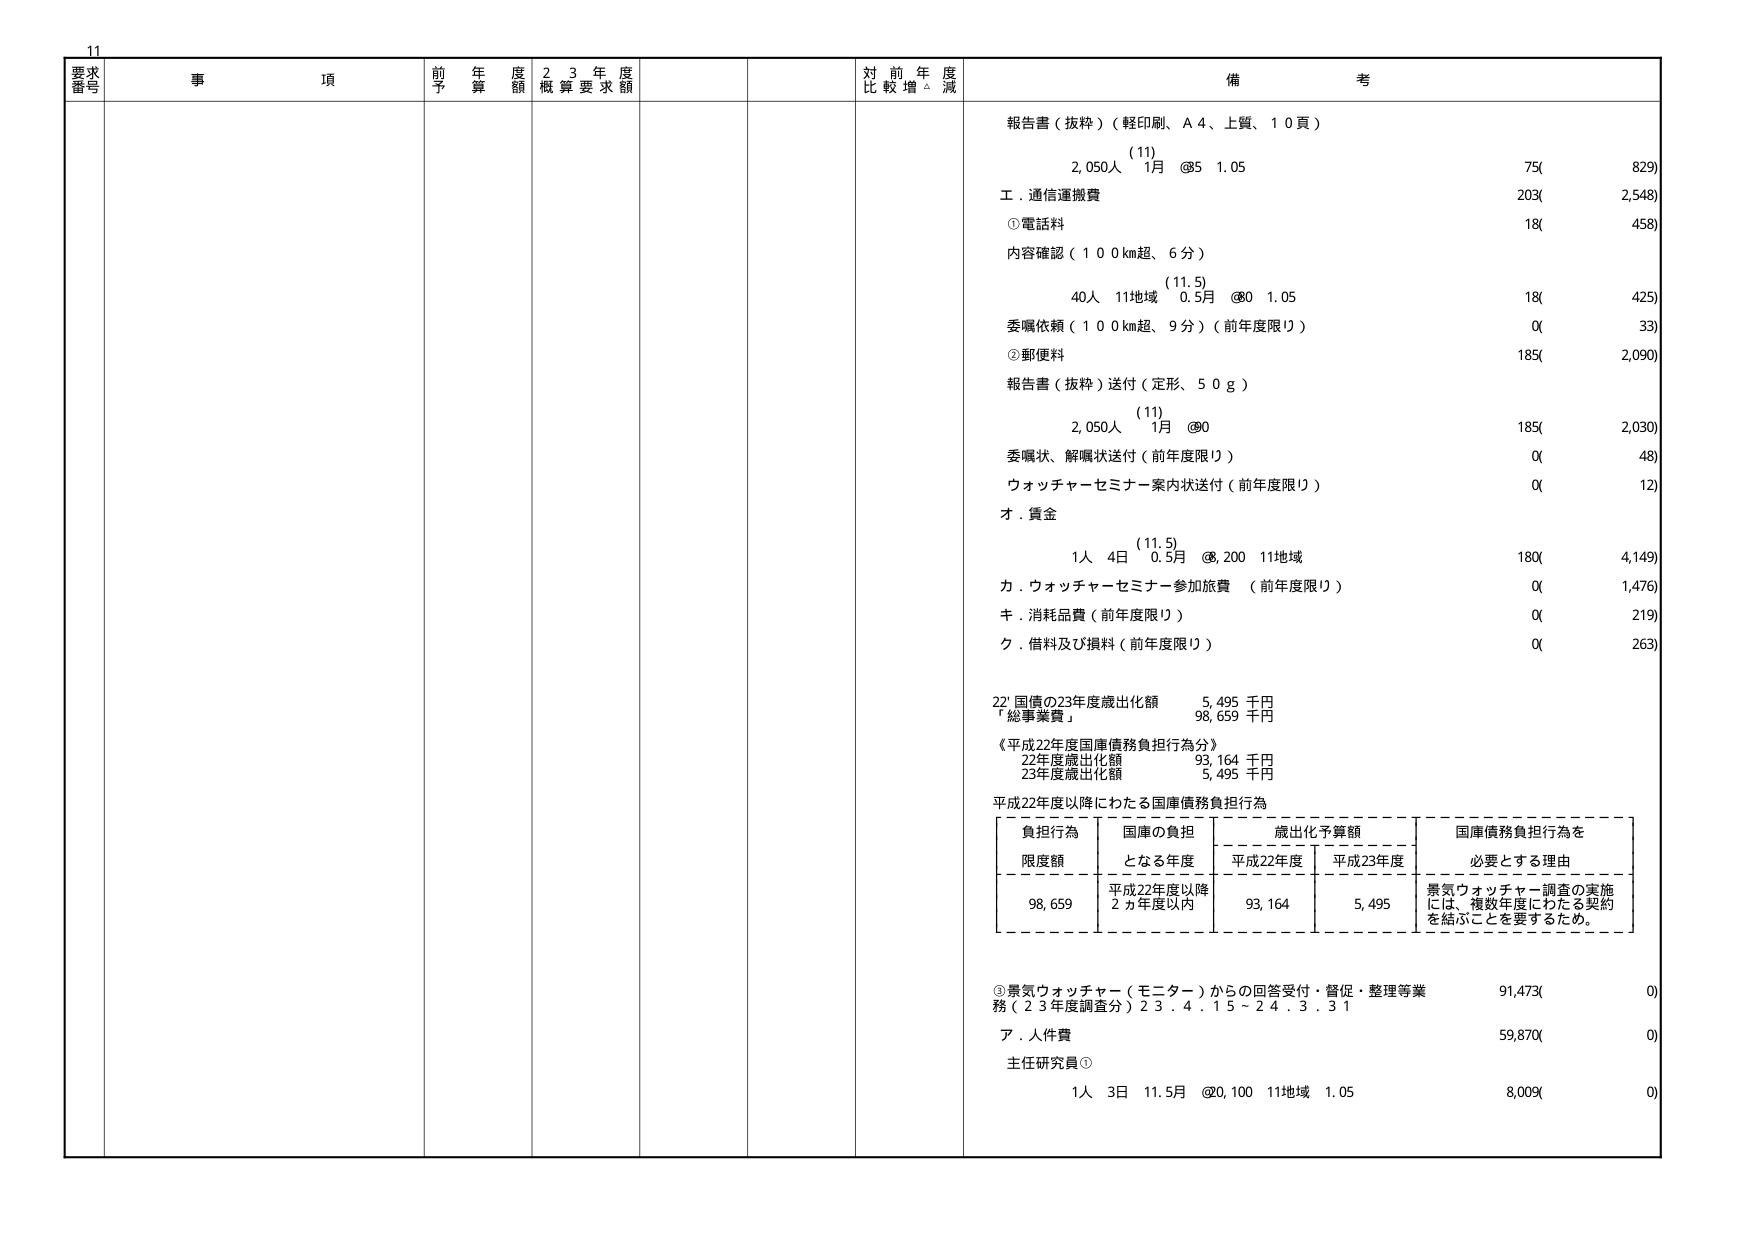
11
要求番号 事項 前年度予算額 23年度概算要求額 対前年度比較増減 備考
報告書（抜粋）（軽印刷、A4、上質、10頁）
(11)
2,050人 1月 @5 1.05 75( 829)
工．通信運搬費 203( 2,548)
①電話料 18( 458)
内容確認（100km超、6分）
(11.5)
40人 11地域 0.5月 @0 1.05 18( 425)
委嘱依頼（100km超、9分）（前年度限り） 0( 33)
②郵便料 185( 2,090)
報告書（抜粋）送付（定形、50g）
(11)
2,050人 1月 @0 185( 2,030)
委嘱状、解嘱状送付（前年度限り） 0( 48)
ウォッチャー セミナー案内状送付（前年度限り） 0( 12)
オ．賃金
(11.5)
1人 4日 0.5月 @8,200 11地域 180( 4,149)
カ．ウォッチャー セミナー参加旅費 （前年度限り） 0( 1,476)
キ．消耗品費（前年度限り） 0( 219)
ク．借料及び損料（前年度限り） 0( 263)
22. 国債の23年度歳出化額 5,495 千円
「総事業費」 98,659 千円
《平成22年度国庫債務負担行為分》
22年度歳出化額 93,164 千円
23年度歳出化額 5,495 千円
平成22年度以降にわたる国庫債務負担行為
負担行為 限度額 国庫の負担となる年度 歳出化予算額 国庫債務負担行為を必要とする理由
平成22年度 平成23年度
98,659 平成22年度以降2カ年度以内 93,164 5,495 景気ウォッチャー調査の実施には、複数年度にわたる契約を結ぶことを要するため。
③景気ウォッチャー（モニター）からの回答受付・督促・整理等業務（23年度調査分）23.4.15～24.3.31
ア．人件費 59,870( 0)
主任研究員①
1人 3日 11.5月 @20,100 11地域 1.05 8,009( 0)